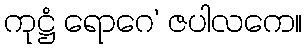
ကုဋ္ဌံ ရောဂေ’ ဇပါလကေ။